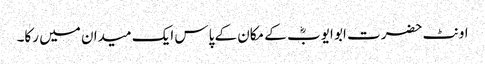
اونٹ حضرت ابو ایوبؓ کے مکان کے پاس ایک میدان میں رکا۔